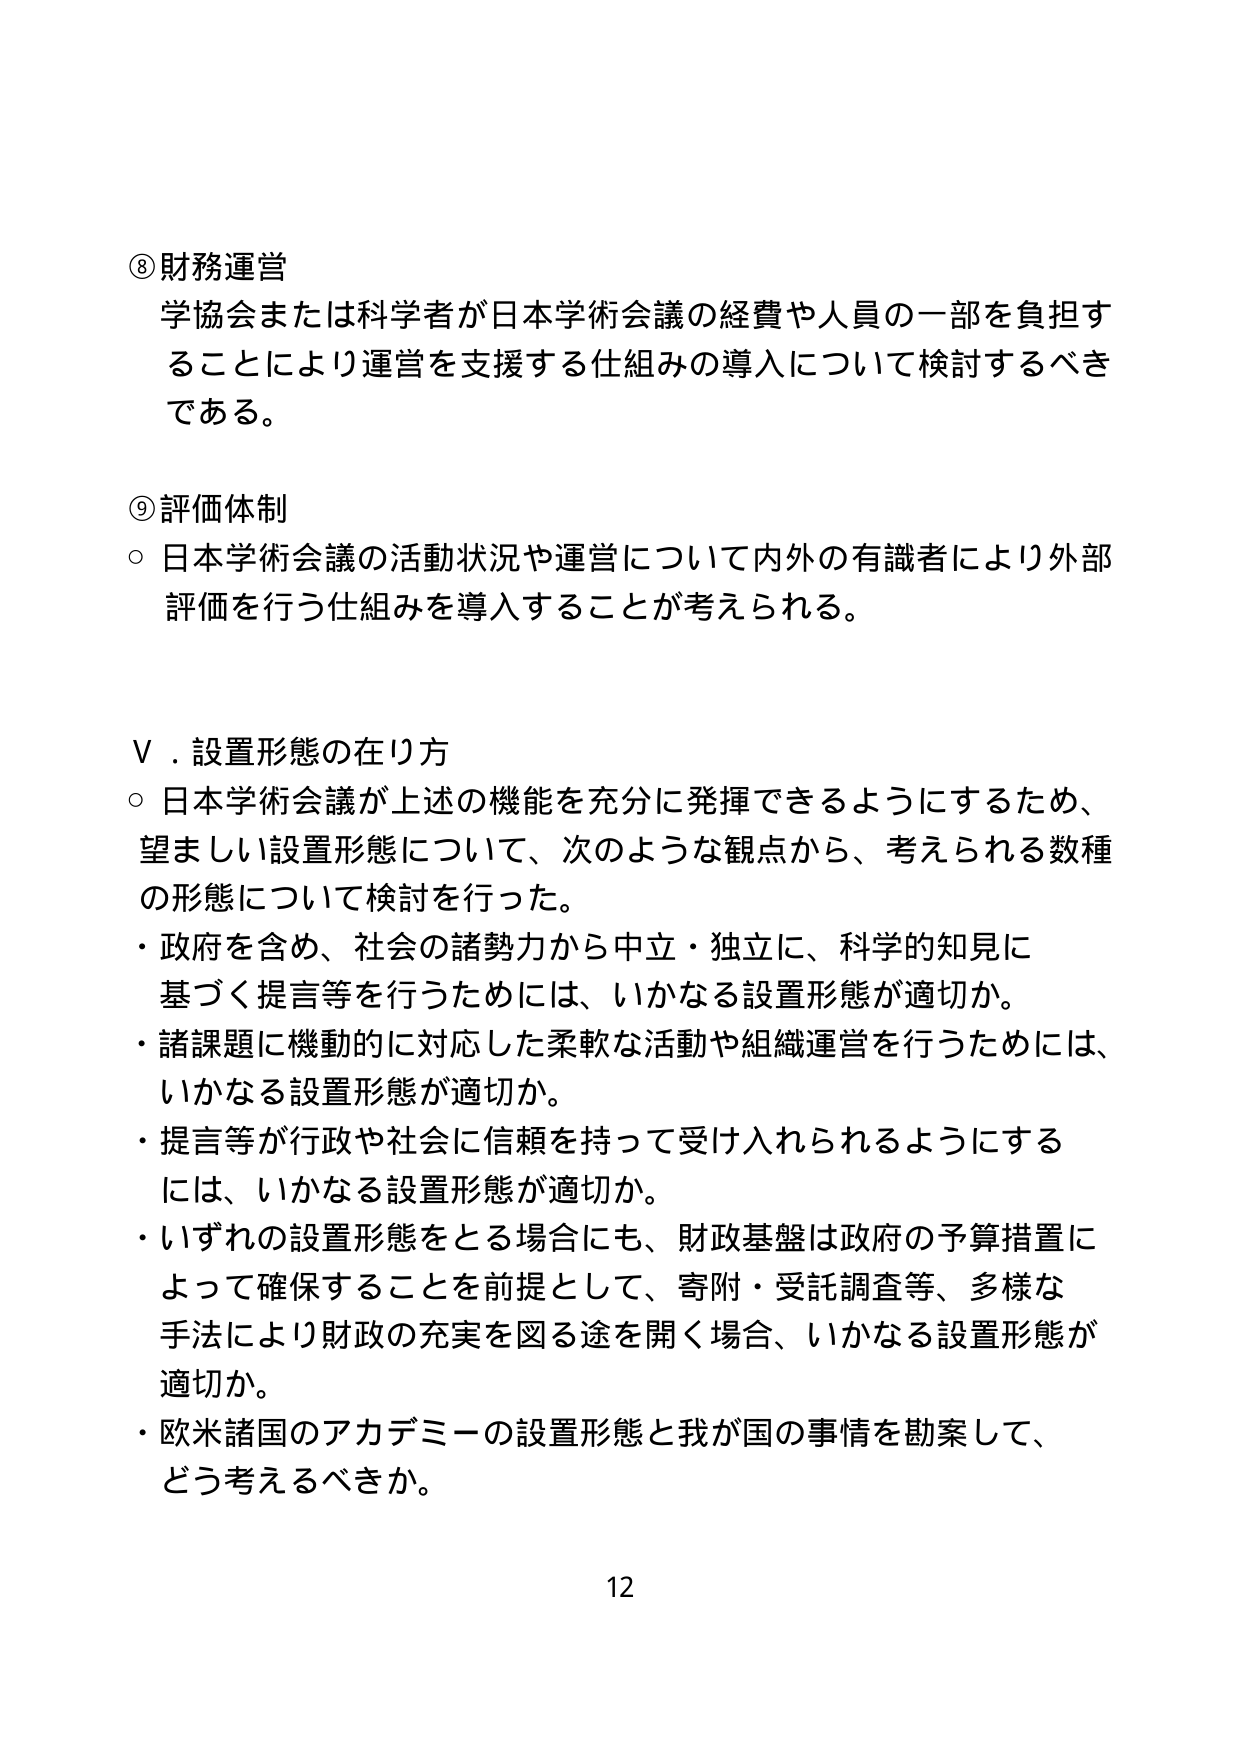
⑧ 財務運営
学協会または科学者が日本学術会議の経費や人員の一部を負担することにより運営を支援する仕組みの導入について検討するべきである。

⑨ 評価体制
○ 日本学術会議の活動状況や運営について内外の有識者により外部評価を行う仕組みを導入することが考えられる。

Ⅴ．設置形態の在り方
○ 日本学術会議が上述の機能を充分に発揮できるようにするため、望ましい設置形態について、次のような観点から、考えられる数種の形態について検討を行った。
・ 政府を含め、社会の諸勢力から中立・独立に、科学的知見に基づく提言等を行うためには、いかなる設置形態が適切か。
・ 諸課題に機動的に対応した柔軟な活動や組織運営を行うためには、いかなる設置形態が適切か。
・ 提言等が行政や社会に信頼を持って受け入れられるようにするには、いかなる設置形態が適切か。
・ いずれの設置形態をとる場合にも、財政基盤は政府の予算措置によって確保することを前提として、寄附・受託調査等、多様な手法により財政の充実を図る途を開く場合、いかなる設置形態が適切か。
・ 欧米諸国のアカデミーの設置形態と我が国の事情を勘案して、どう考えるべきか。

12